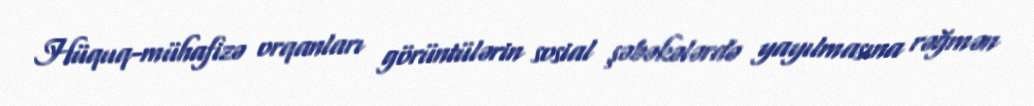
Hüquq-mühafizə orqanları görüntülərin sosial şəbəkələrdə yayılmasına rəğmən